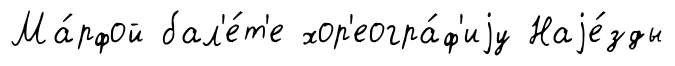
Ма́рфой бал'е́т'е хор'еогра́ф'иjу Наjе́зды